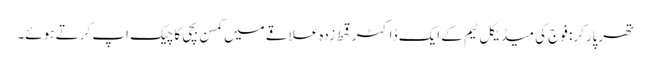
تھرپارکر: فوج کی میڈیکل ٹیم کے ایک ڈاکٹر قحط زدہ علاقے میں کمسن بچی کا چیک اپ کرتے ہوئے۔